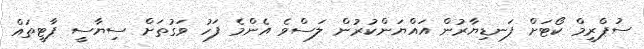
ސުޕްރީމް ކޯޓަށް ފަނޑިޔާރުން އައްޔަންކުރުން ލަސްވެ އެންމެ ފަހު ވަގުތަށް ސިޔާސީ ޕާޓީތައް